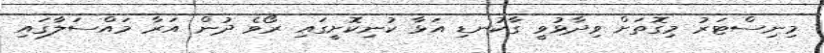
މިނިސްޓަރު މިގޮތަށް ވިދާޅުވީ ގާކުނޑި އަޅާ ކުނިކޮށީގައި ރޯވެ ދުން އަރާ މައްސަލާގައި